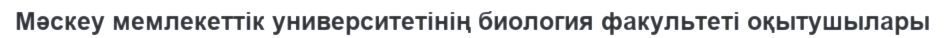
Мәскеу мемлекеттік университетінің биология факультеті оқытушылары